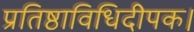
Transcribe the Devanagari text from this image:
प्रतिष्ठाविधिदीपक।